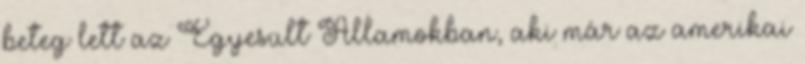
beteg lett az Egyesült Államokban, aki már az amerikai